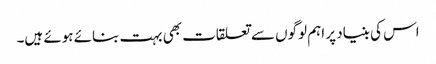
اس کی بنیاد پر اہم لوگوں سے تعلقات بھی بہت بنائے ہوئے ہیں۔